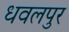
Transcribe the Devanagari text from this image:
धवलपुर